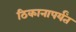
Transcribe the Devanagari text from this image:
ठिकानापर्यंत